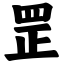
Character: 罡